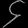
Digit: ၄